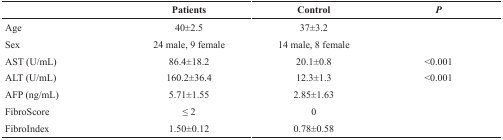
<table><thead><tr><td></td><td><b>Patients</b></td><td><b>Control</b></td><td><b><i>P</i></b></td></tr></thead><tbody><tr><td>Age</td><td>40±2.5</td><td>37±3.2</td><td></td></tr><tr><td>Sex</td><td>24 male, 9 female</td><td>14 male, 8 female</td><td></td></tr><tr><td>AST (U/mL)</td><td>86.4±18.2</td><td>20.1±0.8</td><td>&lt;0.001</td></tr><tr><td>ALT (U/mL)</td><td>160.2±36.4</td><td>12.3±1.3</td><td>&lt;0.001</td></tr><tr><td>AFP (ng/mL)</td><td>5.71±1.55</td><td>2.85±1.63</td><td></td></tr><tr><td>FibroScore</td><td>≤ 2</td><td>0</td><td></td></tr><tr><td>FibroIndex</td><td>1.50±0.12</td><td>0.78±0.58</td><td></td></tr></tbody></table>